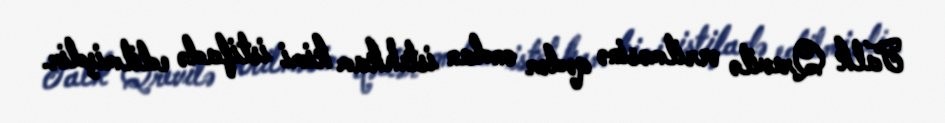
Falk Qrevilə verilməsinə qədər ondan istehkam kimi istifadə edilmişdir.